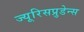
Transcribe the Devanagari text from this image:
ज्यूरिसप्रुडेन्स